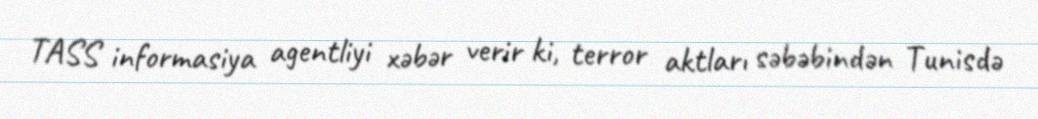
TASS informasiya agentliyi xəbər verir ki, terror aktları səbəbindən Tunisdə